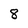
Character: 8